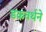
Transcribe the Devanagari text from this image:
डकवर्थने